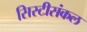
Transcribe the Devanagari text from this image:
सिस्टीसंकल